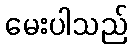
မေးပါသည်